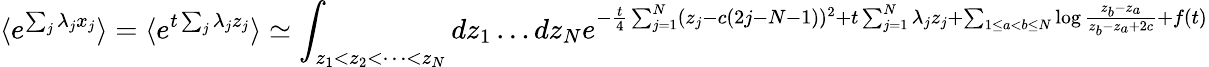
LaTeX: \langle e^{\sum_{j}\lambda_{j}x_{j}}\rangle=\langle e^{t\sum_{j}\lambda_{j}z_{j}}\rangle\simeq\int_{z_{1}<z_{2}<\dots<z_{N}}dz_{1}\dots dz_{N}e^{-\frac{t}{4}\sum_{j=1}^{N}(z_{j}-c(2j-N-1))^{2}+t\sum_{j=1}^{N}\lambda_{j}z_{j}+\sum_{1\leq a<b\leq N}\log\frac{z_{b}-z_{a}}{z_{b}-z_{a}+2c}+f(t)}